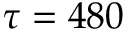
\tau = 4 8 0